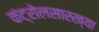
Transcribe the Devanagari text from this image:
कंट्रोलसारख्या